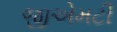
જીએમટી